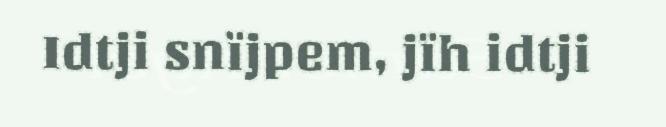
Idtji snïjpem, jïh idtji